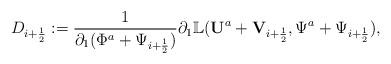
LaTeX: \begin{align*}D_{i+\frac{1}{2}}:=\frac{1}{\partial_1(\Phi^a+\Psi_{i+\frac{1}{2}})}\partial_1\mathbb{L}({\mathbf U}^a+{\mathbf V}_{i+\frac{1}{2}},\Psi^a+\Psi_{i+\frac{1}{2}}),\end{align*}